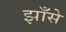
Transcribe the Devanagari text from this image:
झाँसे